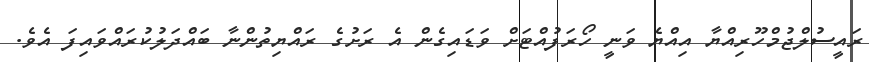
ރައީސުލްޖުމްހޫރިއްޔާ އިއްޔެ ވަނީ ހޯރަފުއްޓަށް ވަޑައިގެން އެ ރަށުގެ ރައްޔިތުންނާ ބައްދަލުކުރައްވައިފަ އެވެ.